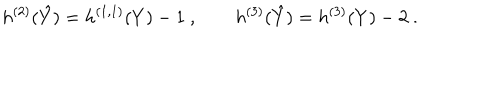
h ^ { ( 2 ) } ( \hat { Y } ) = h ^ { ( 1 , 1 ) } ( Y ) - 1 \ , \qquad h ^ { ( 3 ) } ( \hat { Y } ) = h ^ { ( 3 ) } ( Y ) - 2 \ .